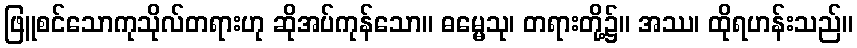
ဖြူစင်သောကုသိုလ်တရားဟု ဆိုအပ်ကုန်သော။ ဓမ္မေသု၊ တရားတို့၌။ အဿ၊ ထိုရဟန်းသည်။